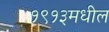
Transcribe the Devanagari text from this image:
१९१३मधील